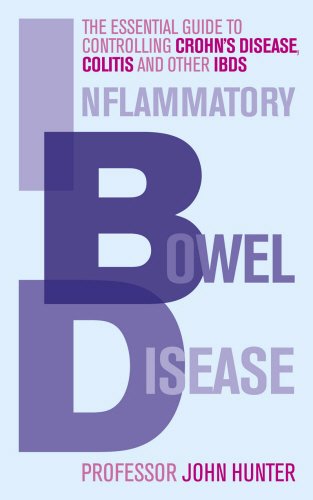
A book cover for Inflammatory Bowel Disease: The Essential Guide to Controlling Crohn's Disease, Colitis and Other IBDs; Professor John Hunter; Health, Fitness & Dieting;